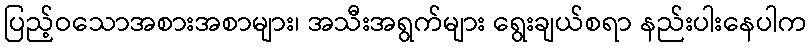
ပြည့်ဝသောအစားအစာများ၊ အသီးအရွက်များ ရွေးချယ်စရာ နည်းပါးနေပါက